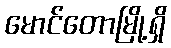
မောင်တောမြို့ရှိ